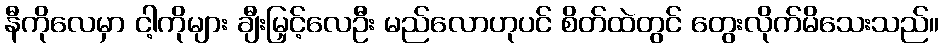
နီကိုလေမှာ ငါ့ကိုများ ချီးမြှင့်လေဦး မည်လောဟုပင် စိတ်ထဲတွင် တွေးလိုက်မိသေးသည်။